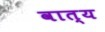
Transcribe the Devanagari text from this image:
वात्य